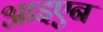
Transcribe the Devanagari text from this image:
आइएन